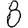
Digit: 8